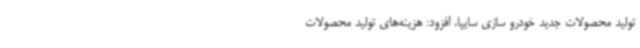
تولید محصولات جدید خودرو سازی سایپا، افزود: هزینه‌های تولید محصولات